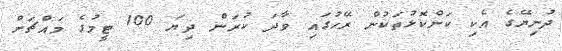
ދުނިޔޭގެ އެކި ކަންކޮޅުތަކުން ރޭހުގައި ވާދަ ކުރަން ދިޔަ 100 ޓީމުގެ މައްޗަށް